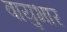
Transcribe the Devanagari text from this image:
वायुभार